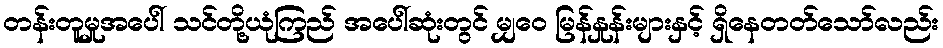
တန်းတူမှုအပေါ် သင်တို့ယုံကြည် အပေါ်ဆုံးတွင် မျှဝေ မြန်နှုန်းများနှင့် ရှိနေတတ်သော်လည်း